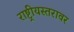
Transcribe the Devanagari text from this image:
राष्ट्रीयस्तरावर